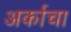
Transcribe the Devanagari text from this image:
अर्काचा